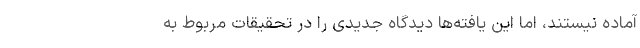
آماده نیستند، اما این یافته‌ها دیدگاه جدیدی را در تحقیقات مربوط به